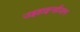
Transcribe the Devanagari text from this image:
उइहाइन्होंजन